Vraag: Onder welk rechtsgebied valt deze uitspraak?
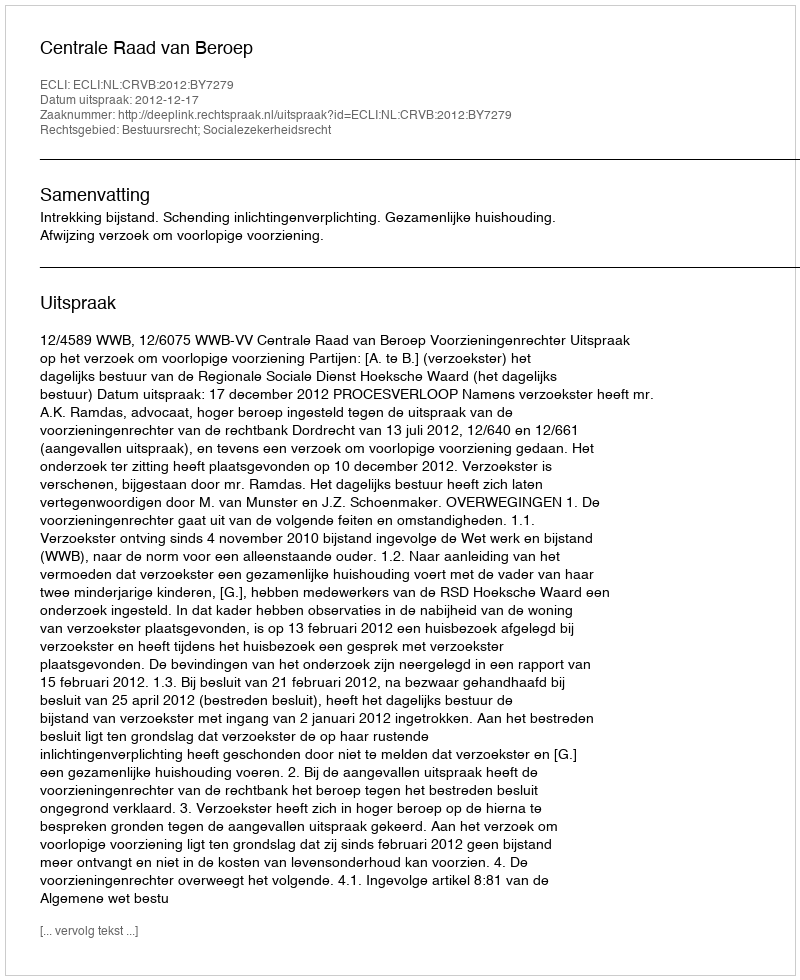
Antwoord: Bestuursrecht; Socialezekerheidsrecht